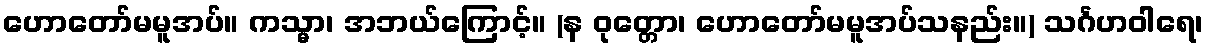
ဟောတော်မမူအပ်။ ကသ္မာ၊ အဘယ်ကြောင့်။ (န ဝုတ္တော၊ ဟောတော်မမူအပ်သနည်း။) သင်္ဂဟဝါရေ၊